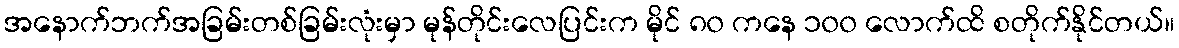
အနောက်ဘက်အခြမ်းတစ်ခြမ်းလုံးမှာ မုန်တိုင်းလေပြင်းက မိုင် ၈၀ ကနေ ၁၀၀ လောက်ထိ စတိုက်နိုင်တယ်။